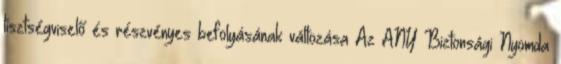
tisztségviselő és részvényes befolyásának változása Az ANY Biztonsági Nyomda